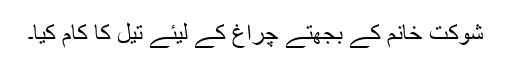
شوکت خانم کے بجھتے چراغ کے لیئے تیل کا کام کیا۔